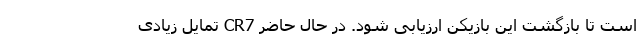
است تا بازگشت این بازیکن ارزیابی شود. در حال حاضر CR7 تمایل زیادی